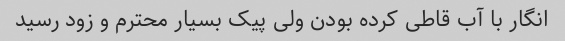
انگار با آب قاطی کرده بودن ولی پیک بسیار محترم و زود رسید